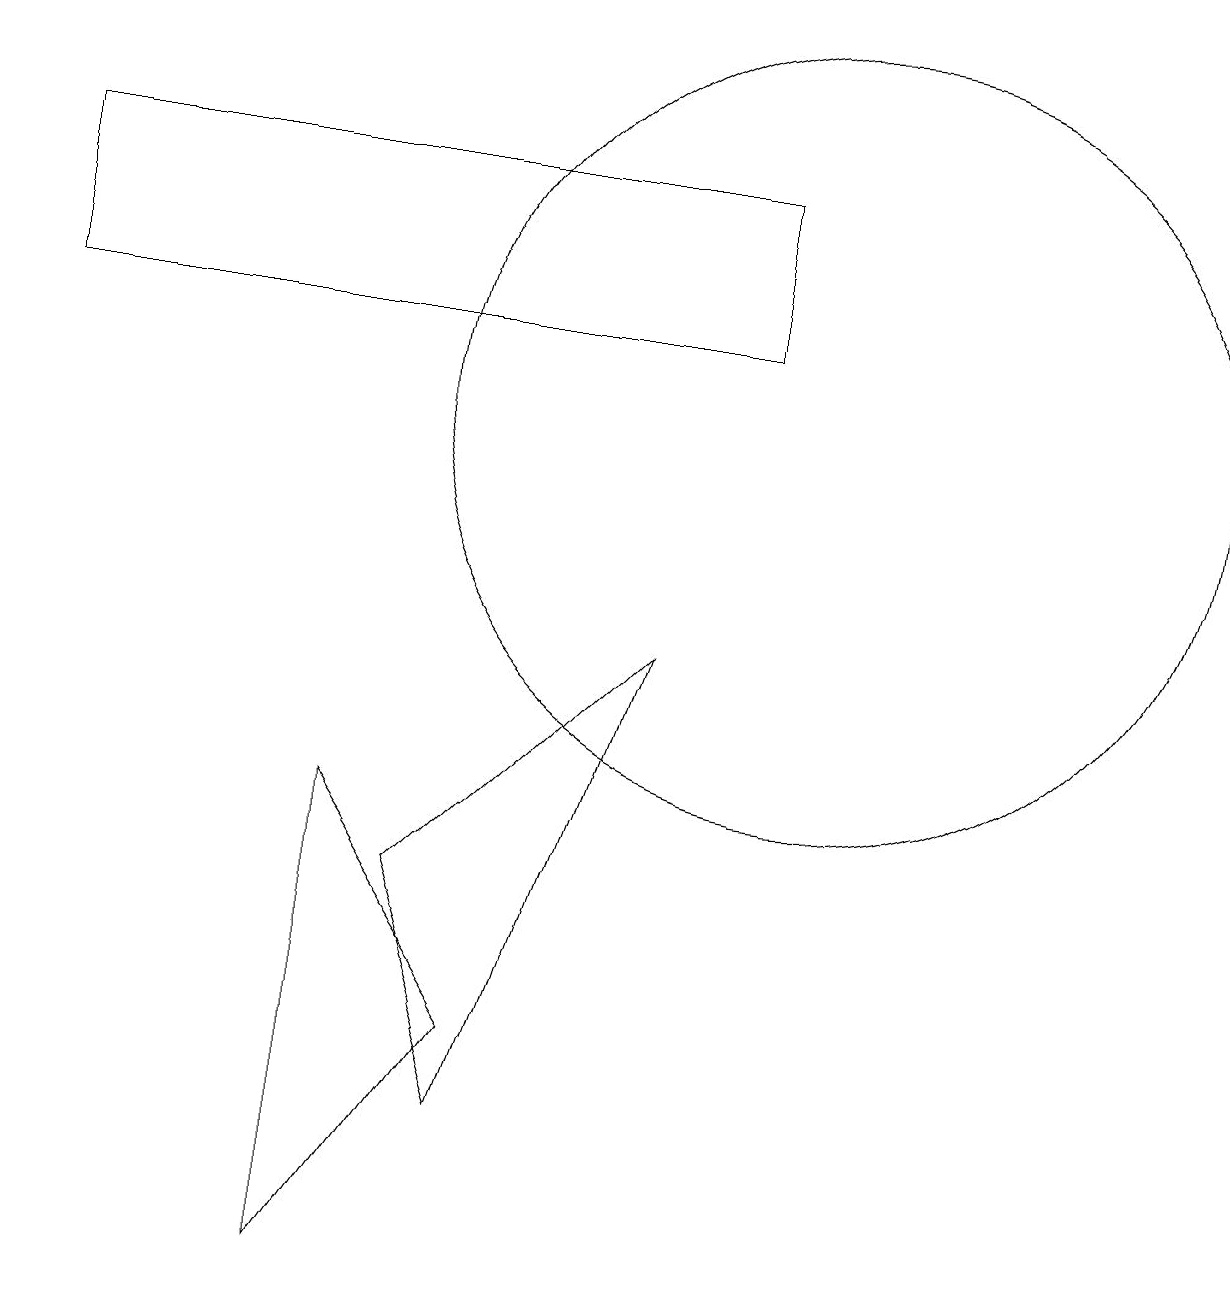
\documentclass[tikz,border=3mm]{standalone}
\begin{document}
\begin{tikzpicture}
\draw (6,2) -- (5,5) -- (8,8) -- cycle;
\draw (10,11) circle (5);
\draw (12,12) circle (0);
\draw (4,0) -- (6,3) -- (4,6) -- cycle;
\draw (9,14) rectangle (0,12);
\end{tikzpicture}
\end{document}